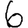
Digit: 6